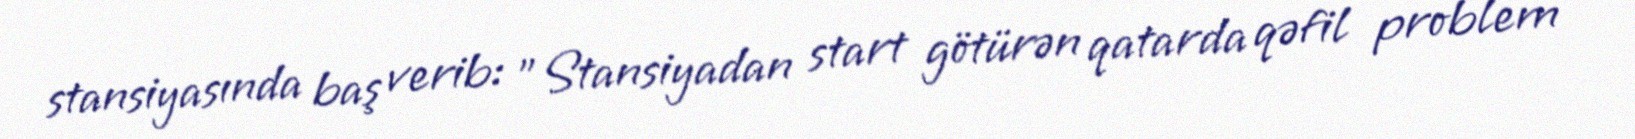
stansiyasında baş verib: "Stansiyadan start götürən qatarda qəfil problem